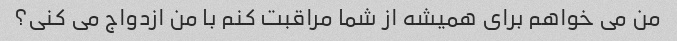
من می خواهم برای همیشه از شما مراقبت کنم با من ازدواج می کنی؟